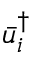
\bar { u } _ { i } ^ { \dag }